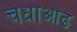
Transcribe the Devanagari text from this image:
चधाऒढ